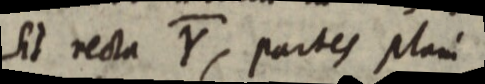
Sit recta Y, partes plani